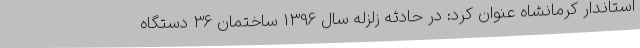
استاندار کرمانشاه عنوان کرد: در حادثه زلزله سال 1396 ساختمان 36 دستگاه